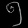
Digit: ၅